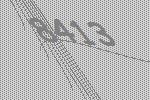
8413